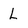
Character: l